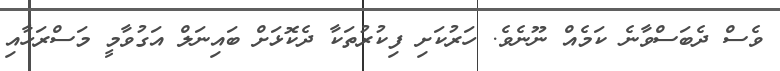
ވެސް ދެބަސްވާނެ ކަމެއް ނޫނެވެ. ހަރުކަށި ފިކުރުތަކާ ދެކޮޅަށް ބައިނަލް އަގުވާމީ މަސްރަހާއި